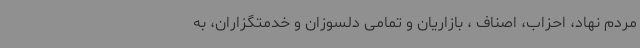
مردم نهاد، احزاب، اصناف ، بازاریان و تمامی دلسوزان و خدمتگزاران، به